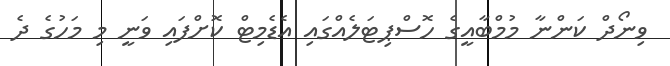
ވިނޯދް ކަންނާ މުމްބާއީގެ ހޮސްޕިޓަލެއްގައި އެޑެމިޓް ކޮށްފައި ވަނީ މި މަހުގެ ދެ